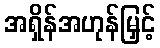
အရှိန်အဟုန်မြှင့်